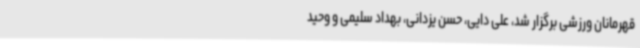
قهرمانان ورزشی برگزار شد، علی دایی، حسن یزدانی، بهداد سلیمی و وحید